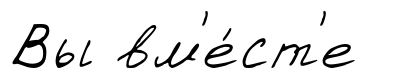
Вы вм'е́ст'е